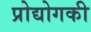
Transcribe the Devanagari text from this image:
प्रोद्योगकी